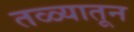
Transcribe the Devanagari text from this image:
तळ्यातून